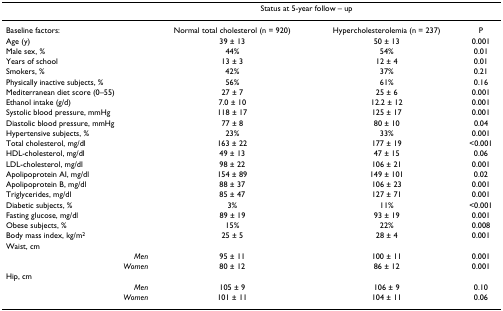
|  | <COLSPAN=2> Status at 5-year follow – up |  |
 | --- | --- | --- | --- |
 | Baseline factors: | Normal total cholesterol (n = 920) | Hypercholesterolemia (n = 237) | P |
 | Age (y) | 39 ± 13 | 50 ± 13 | 0.001 |
 | Male sex, % | 44% | 54% | 0.01 |
 | Years of school | 13 ± 3 | 12 ± 4 | 0.01 |
 | Smokers, % | 42% | 37% | 0.21 |
 | Physically inactive subjects, % | 56% | 61% | 0.16 |
 | Mediterranean diet score (0–55) | 27 ± 7 | 25 ± 6 | 0.001 |
 | Ethanol intake (g/d) | 7.0 ± 10 | 12.2 ± 12 | 0.001 |
 | Systolic blood pressure, mmHg | 118 ± 17 | 125 ± 17 | 0.001 |
 | Diastolic blood pressure, mmHg | 77 ± 8 | 80 ± 10 | 0.04 |
 | Hypertensive subjects, % | 23% | 33% | 0.001 |
 | Total cholesterol, mg/dl | 163 ± 22 | 177 ± 19 | <0.001 |
 | HDL-cholesterol, mg/dl | 49 ± 13 | 47 ± 15 | 0.06 |
 | LDL-cholesterol, mg/dl | 98 ± 22 | 106 ± 21 | 0.001 |
 | Apolipoprotein AI, mg/dl | 154 ± 89 | 149 ± 101 | 0.02 |
 | Apolipoprotein B, mg/dl | 88 ± 37 | 106 ± 23 | 0.001 |
 | Triglycerides, mg/dl | 85 ± 47 | 127 ± 71 | 0.001 |
 | Diabetic subjects, % | 3% | 11% | <0.001 |
 | Fasting glucose, mg/dl | 89 ± 19 | 93 ± 19 | 0.001 |
 | Obese subjects, % | 15% | 22% | 0.008 |
 | Body mass index, kg/m2 | 25 ± 5 | 28 ± 4 | 0.001 |
 | Waist, cm |  |  |  |
 | Men | 95 ± 11 | 100 ± 11 | 0.001 |
 | Women | 80 ± 12 | 86 ± 12 | 0.001 |
 | Hip, cm |  |  |  |
 | Men | 105 ± 9 | 106 ± 9 | 0.10 |
 | Women | 101 ± 11 | 104 ± 11 | 0.06 |